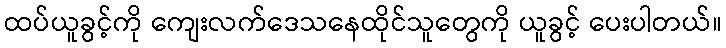
ထပ်ယူခွင့်ကို ကျေးလက်ဒေသနေထိုင်သူတွေကို ယူခွင့် ပေးပါတယ်။